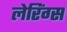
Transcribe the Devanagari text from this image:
लेरिंग्स